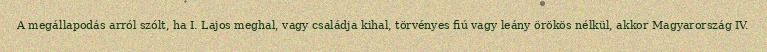
A megállapodás arról szólt, ha I. Lajos meghal, vagy családja kihal, törvényes fiú vagy leány örökös nélkül, akkor Magyarország IV.